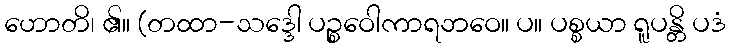
ဟောတိ၊ ၏။ (တထာ-သဒ္ဒေါ ပဉ္စဝေါကာရဘဝေ။ ပ။ ပစ္စယာ ရူပန္တိ ပဒံ